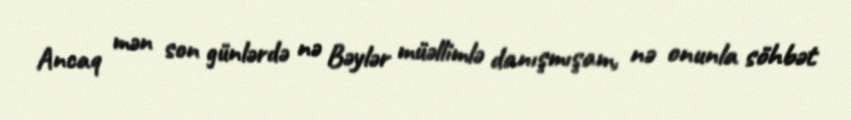
Ancaq mən son günlərdə nə Bəylər müəllimlə danışmışam, nə onunla söhbət